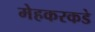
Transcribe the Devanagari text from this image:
मेहकरकडे